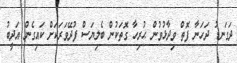
ދަގަނޑު ދަހަނާ ފޮތް ވިދާޅުވުން ޙުރިހާ ގޮތަކުން ބެލިޔަސް ފުދޭވަރަކަށް ކައިގެން އަދީބު